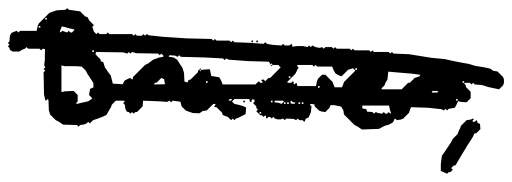
Text: Brazier,
Cross-out: double-line
Writing tool: digital_black